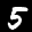
Label: 5